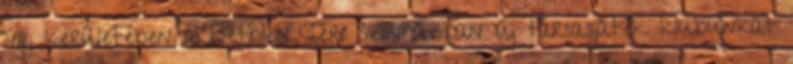
VIII. kerületében a Bethlen Téri Színházban új társasjáték klubunkat